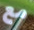
مع